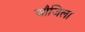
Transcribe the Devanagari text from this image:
औजिला